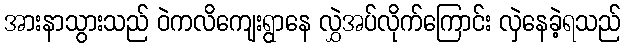
အားနာသွားသည် ဝဲကလိကျေးရွာနေ လွှဲအပ်လိုက်ကြောင်း လှဲနေခဲ့ရသည်